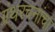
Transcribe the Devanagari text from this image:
ग्रंथरचनांचा